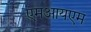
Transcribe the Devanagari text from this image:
एमआयएम